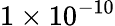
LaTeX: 1\times 10^{-10}